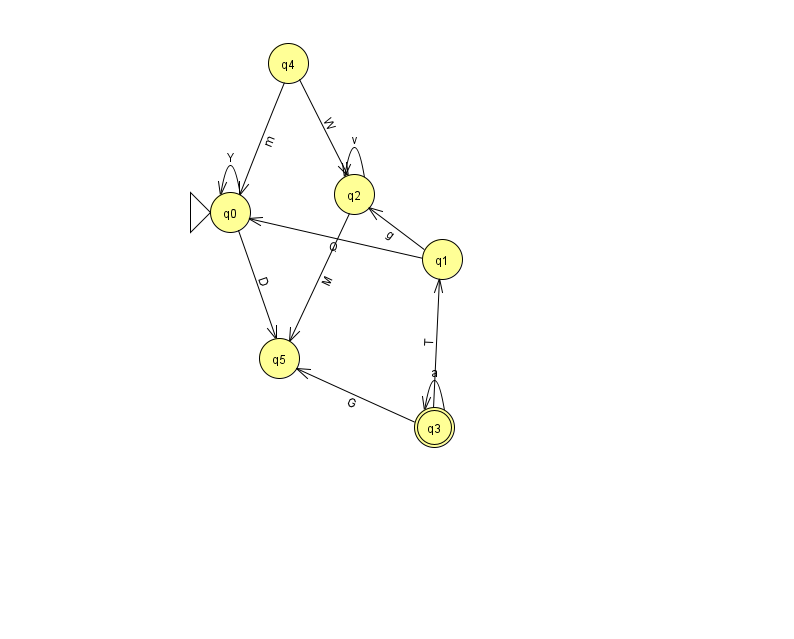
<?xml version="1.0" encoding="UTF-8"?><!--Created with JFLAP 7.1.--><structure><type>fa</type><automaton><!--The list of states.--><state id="0" name="q0"><x>230.0</x><y>199.0</y><initial/></state><state id="1" name="q1"><x>442.0</x><y>246.0</y></state><state id="2" name="q2"><x>354.0</x><y>181.0</y></state><state id="3" name="q3"><x>434.0</x><y>414.0</y><final/></state><state id="4" name="q4"><x>288.0</x><y>50.0</y></state><state id="5" name="q5"><x>279.0</x><y>345.0</y></state><!--The list of transitions.--><transition><from>3</from><to>3</to><read>a</read></transition><transition><from>1</from><to>0</to><read>Q</read></transition><transition><from>2</from><to>5</to><read>M</read></transition><transition><from>0</from><to>5</to><read>D</read></transition><transition><from>2</from><to>2</to><read>v</read></transition><transition><from>3</from><to>1</to><read>T</read></transition><transition><from>0</from><to>0</to><read>Y</read></transition><transition><from>3</from><to>5</to><read>G</read></transition><transition><from>4</from><to>2</to><read>W</read></transition><transition><from>4</from><to>0</to><read>m</read></transition><transition><from>1</from><to>2</to><read>g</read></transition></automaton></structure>